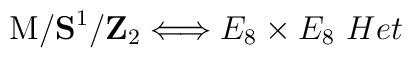
{\rm M}/{\bf S}^1/{\bf Z}_2 \Longleftrightarrow E_8 \times E_8 \ Het